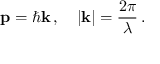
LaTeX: \mathbf { p } = \hbar \mathbf { k } \, , \quad | \mathbf { k } | = { \frac { 2 \pi } { \lambda } } \, .